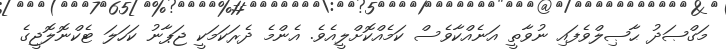
މަގްޞަދު ޙާޞިލްވެފައި ނުވާތީ އަނެއްކާވެސް ކަމެއްކޮށްލީއެވެ. އެންމެ ދެރަކަމަކީ ޖަޕާނު ކަހަލަ ޓެކްނޮލޮޖީގެ